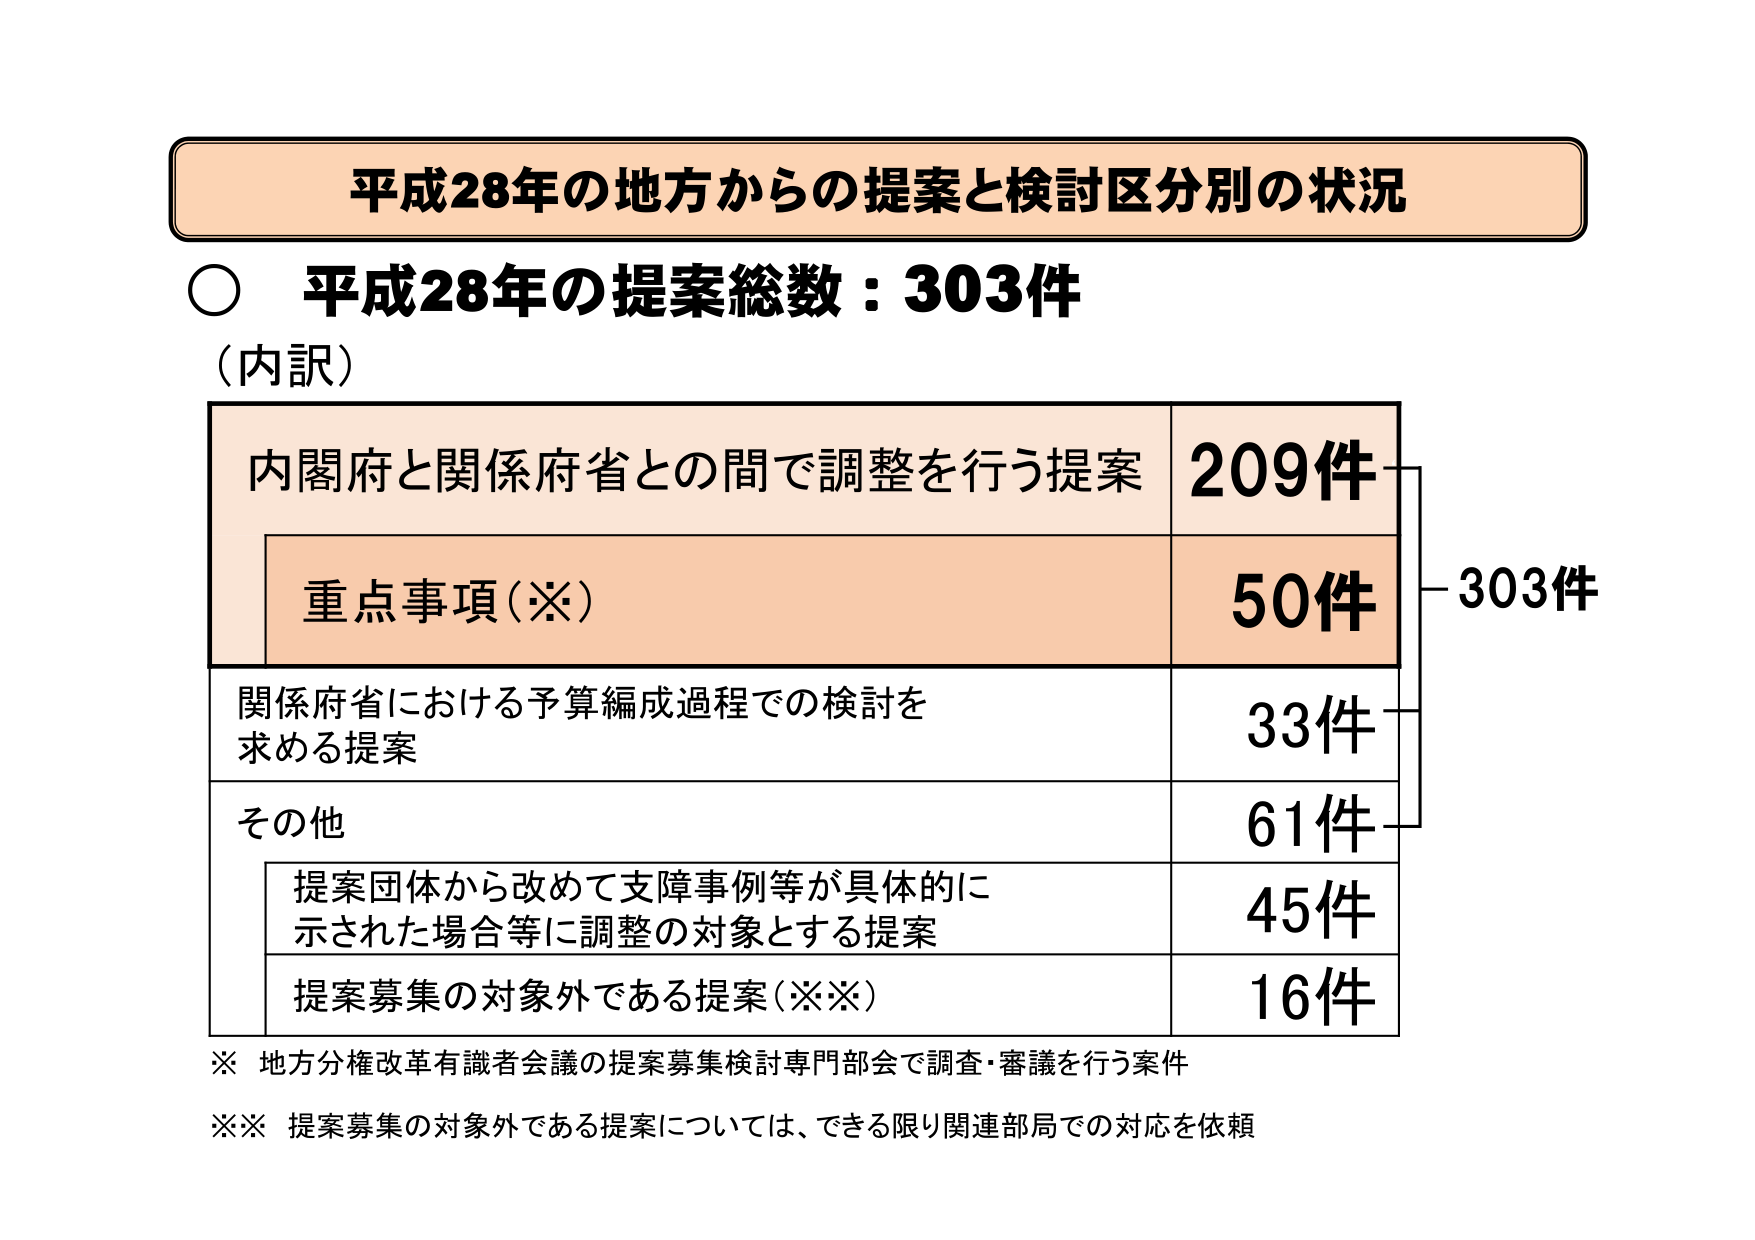
平成28年の地方からの提案と検討区分別の状況

○ 平成28年の提案総数：303件

（内訳）

内閣府と関係府省との間で調整を行う提案　209件
　重点事項（※）　50件

関係府省における予算編成過程での検討を
求める提案　33件

その他　61件
　提案団体から改めて支障事例等が具体的に
　示された場合等に調整の対象とする提案　45件
　提案募集の対象外である提案（※※）　16件

※ 地方分権改革有識者会議の提案募集検討専門部会で調査・審議を行う案件
※※ 提案募集の対象外である提案については、できる限り関連部局での対応を依頼

303件